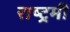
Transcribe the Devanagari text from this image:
राष्ट्रमी